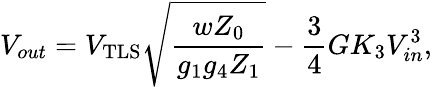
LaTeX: V_{out}=V_{\mathrm{TLS}}\sqrt{\frac{wZ_{0}}{g_{1}g_{4}Z_{1}}}-\frac{3}{4}GK_{3}V_{in}^{3},